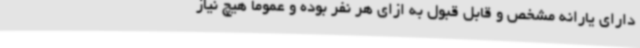
دارای یارانه مشخص و قابل قبول به ازای هر نفر بوده و عموما هیچ نیاز